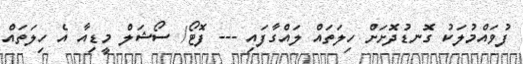
ފުވައްމުލަކު ގޮނޑުދޮށަށް ހިލަތައް ލައްގާފައި --- ފޮޓޯ/ ސޯޝަލް މީޑިއާ އެ ހިލަތައް